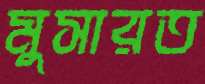
মুসারত